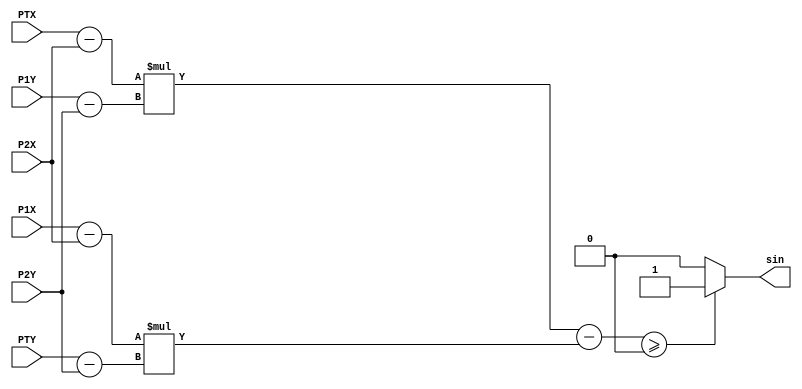
module sing(
    input [11:0] PTX,
    input [11:0] PTY,

    input [11:0] P1X,
    input [11:0] P1Y,

    input [11:0] P2X,
    input [11:0] P2Y,

    output sin
);

    wire signed [11:0] Sub1;
    wire signed [11:0] Sub2;
    wire signed [11:0] Sub3;
    wire signed [11:0] Sub4;

    wire signed [22:0] Sub5;

    wire signed [22:0] Mult1;
    wire signed [22:0] Mult2;


    assign Sub1 = PTX - P2X;
    assign Sub2 = P1Y - P2Y;
    assign Sub3 = P1X - P2X;
    assign Sub4 = PTY - P2Y;

    assign Mult1 = Sub1 * Sub2;
    assign Mult2 = Sub3 * Sub4;

    assign Sub5 = Mult1 - Mult2;

    assign sin = (Sub5 >= 0) ? 1 : 0;

endmodule